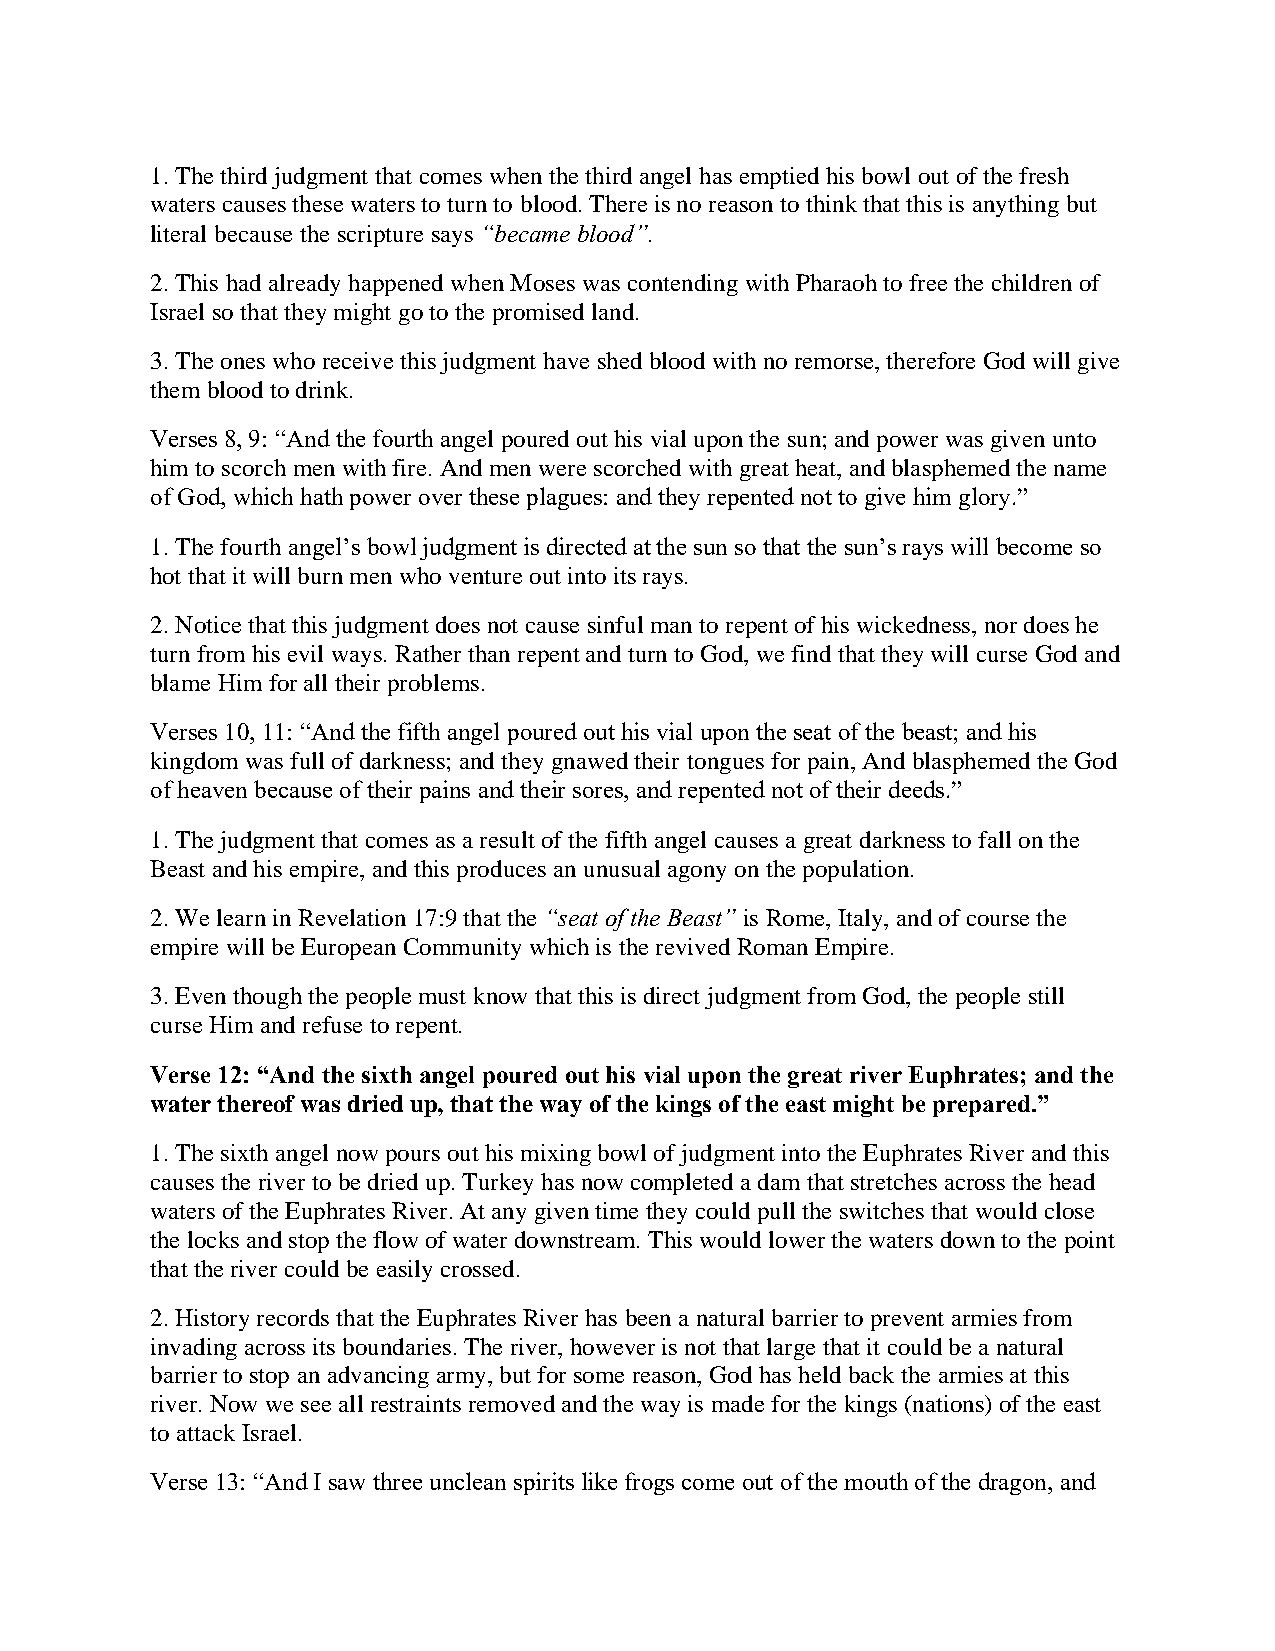
1. The third judgment that comes when the third angel has emptied his bowl out of the fresh
 waters causes these waters to turn to blood. There is no reason to think that this is anything but
 literal because the scripture says “became blood”.
 2. This had already happened when Moses was contending with Pharaoh to free the children of
 Israel so that they might go to the promised land.
 3. The ones who receive this judgment have shed blood with no remorse, therefore God will give
 them blood to drink.
 Verses 8, 9: “And the fourth angel poured out his vial upon the sun; and power was given unto
 him to scorch men with fire. And men were scorched with great heat, and blasphemed the name
 of God, which hath power over these plagues: and they repented not to give him glory.”
 1. The fourth angel’s bowl judgment is directed at the sun so that the sun’s rays will become so
 hot that it will burn men who venture out into its rays.
 2. Notice that this judgment does not cause sinful man to repent of his wickedness, nor does he
 turn from his evil ways. Rather than repent and turn to God, we find that they will curse God and
 blame Him for all their problems.
 Verses 10, 11: “And the fifth angel poured out his vial upon the seat of the beast; and his
 kingdom was full of darkness; and they gnawed their tongues for pain, And blasphemed the God
 of heaven because of their pains and their sores, and repented not of their deeds.”
 1. The judgment that comes as a result of the fifth angel causes a great darkness to fall on the
 Beast and his empire, and this produces an unusual agony on the population.
 2. We learn in Revelation 17:9 that the “seat of the Beast” is Rome, Italy, and of course the
 empire will be European Community which is the revived Roman Empire.
 3. Even though the people must know that this is direct judgment from God, the people still
 curse Him and refuse to repent.
 Verse 12: “And the sixth angel poured out his vial upon the great river Euphrates; and the
 water thereof was dried up, that the way of the kings of the east might be prepared.”
 1. The sixth angel now pours out his mixing bowl of judgment into the Euphrates River and this
 causes the river to be dried up. Turkey has now completed a dam that stretches across the head
 waters of the Euphrates River. At any given time they could pull the switches that would close
 the locks and stop the flow of water downstream. This would lower the waters down to the point
 that the river could be easily crossed.
 2. History records that the Euphrates River has been a natural barrier to prevent armies from
 invading across its boundaries. The river, however is not that large that it could be a natural
 barrier to stop an advancing army, but for some reason, God has held back the armies at this
 river. Now we see all restraints removed and the way is made for the kings (nations) of the east
 to attack Israel.
 Verse 13: “And I saw three unclean spirits like frogs come out of the mouth of the dragon, and